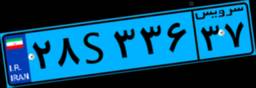
۲۸S۳۳۶۳۷